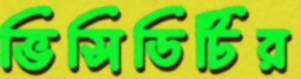
ভিসিডিটির